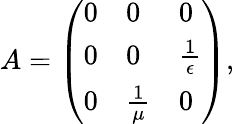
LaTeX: A=\left({\begin{array}{lll}{0}&{0}&{0}\\ {0}&{0}&{{\frac{1}{\epsilon}}}\\ {0}&{{\frac{1}{\mu}}}&{0}\end{array}}\right),